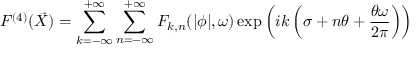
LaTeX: { \cal F } ^ { ( 4 ) } ( \vec { X } ) = \sum _ { k = - \infty } ^ { + \infty } \sum _ { n = - \infty } ^ { + \infty } { \cal F } _ { k , n } ( | \phi | , \omega ) \exp \left( i k \left( \sigma + n \theta + \frac { \theta \omega } { 2 \pi } \right) \right)